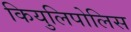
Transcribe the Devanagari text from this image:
कियुलिपोलिस